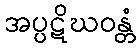
အပ္ပဋိဃဝန္တံ